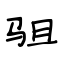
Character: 驵